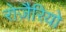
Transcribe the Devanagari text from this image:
रोज़ैरियो